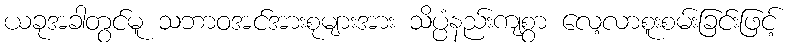
ယခုအခါတွင်မူ သဘာဝအင်အားစုများအား သိပ္ပံနည်းကျစွာ လေ့လာစူးစမ်းခြင်းဖြင့်